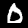
Digit: 0